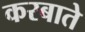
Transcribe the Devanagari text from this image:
करबाते